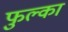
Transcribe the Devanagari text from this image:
फुल्का